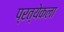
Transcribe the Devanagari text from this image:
प्रत्येकला